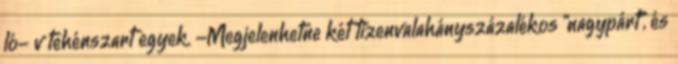
ló- v tehénszart egyek. -Megjelenhetne két tizenvalahányszázalékos "nagypárt", és